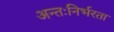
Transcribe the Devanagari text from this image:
अन्तःनिर्भरता